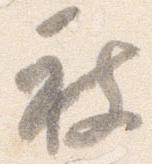
被